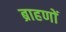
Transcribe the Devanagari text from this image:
ब्राहणों